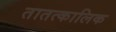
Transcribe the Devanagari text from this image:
तातत्कालिक